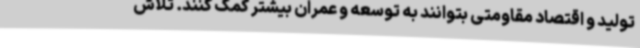
تولید و اقتصاد مقاومتی بتوانند به توسعه و عمران بیشتر کمک کنند. تلاش